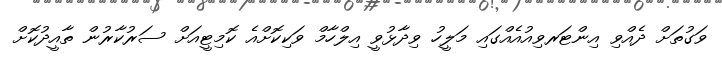
ވަގުތަށް ދެއްވި އިންޓަރވިއުއެއްގައި މަލީހު ވިދާޅުވީ އިލްހާމް ވަކިކޮށްއެ ކޮމިޓީއަށް ސަރުކާރުން ތާއީދުކޮށް